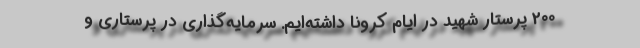
200 پرستار شهید در ایام کرونا داشته‌ایم. سرمایه‌گذاری در پرستاری و